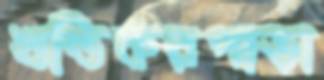
খন্ডিকরপাড়া